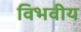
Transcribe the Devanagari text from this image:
विभवीय